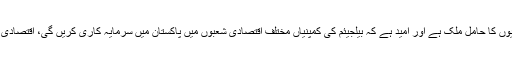
2015ء) صدر مملکت ممنون حسین نے کہا ہے کہ پاکستان سرمایہ کار دوست پالیسیوں کا حامل ملک ہے اور امید ہے کہ بیلجیئم کی کمپنیاں مختلف اقتصادی شعبوں میں پاکستان میں سرمایہ کاری کریں گی، اقتصادی اور مالیاتی شعبہ میں پاکستان کی کامیابیوں کا عالمی سطح پر اعتراف کیا جا رہا ہے۔